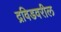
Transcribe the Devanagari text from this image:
द्रविडवरील